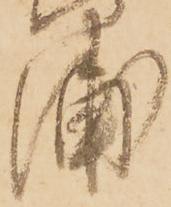
浦